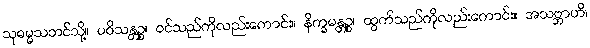
သုဓမ္မသဘင်သို့။ ပဝိသန္တဉ္စ၊ ဝင်သည်ကိုလည်းကောင်း။ နိက္ခမန္တဉ္စ၊ ထွက်သည်ကိုလည်းကောင်း။ အသဗ္ဘာဟိ၊